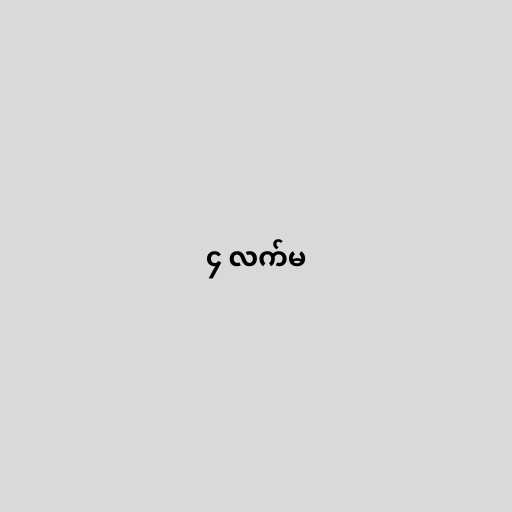
၄ လက်မ